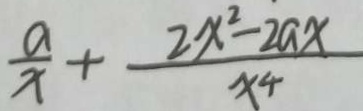
\frac { a } { x } + \frac { 2 x ^ { 2 } - 2 a x } { x ^ { 4 } }